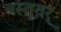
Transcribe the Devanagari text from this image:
वस्तूवर्